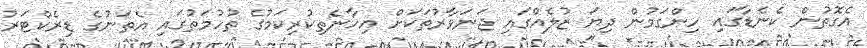
އެގޮތުން ކެނެޑާގައި ހިންގަމުން ދިޔަ ޒުލެއްގައި ޖަނަވާރުތަކަށް އިހާނެތިކުރިކަމުގެ ތުހުމަތުގައި އެތަނުގެ ޑިރެކްޓަރު